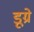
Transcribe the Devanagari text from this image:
डूग्रे